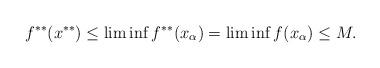
\begin{align*}f^{**}(x^{**})\leq\liminf f^{**}(x_{\alpha})=\liminf f(x_{\alpha})\leq M.\end{align*}